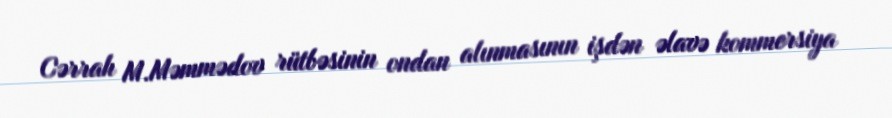
Cərrah M.Məmmədov rütbəsinin ondan alınmasının işdən əlavə kommersiya